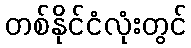
တစ်နိုင်ငံလုံးတွင်